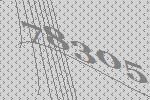
78305